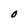
Character: O